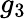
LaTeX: g_{3}